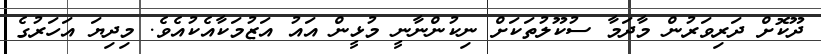
ދޫކޮށް ދަރިވަރުން މާދަމާ ސުކޫލުތަކަށް ނިކުންނާނީ މުޅީން އައު އަޒުމަކާއެކުއެވެ. މިދިޔަ އަހަރުގެ